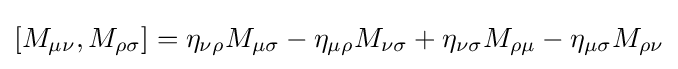
[M_{\mu \nu },M_{\rho \sigma }]=\eta _{\nu \rho }M_{\mu \sigma }-\eta _{\mu \rho }M_{\nu \sigma }+\eta _{\nu \sigma }M_{\rho \mu }-\eta _{\mu \sigma }M_{\rho \nu }